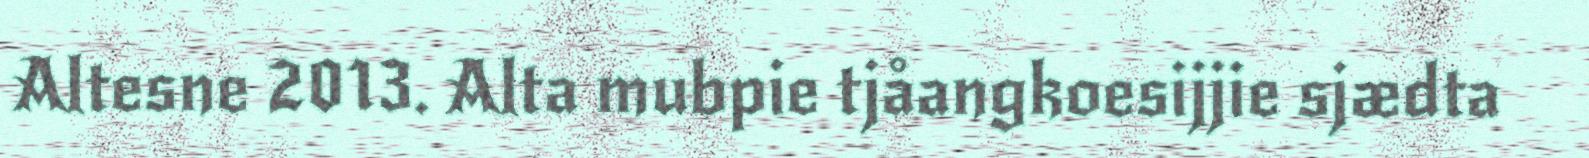
Altesne 2013. Alta mubpie tjåangkoesijjie sjædta